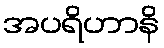
အပရိဟာနိ